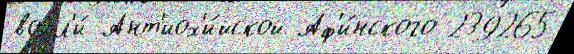
вошл'и́ Ант'иох'и́йской Аф'и́нского 239265